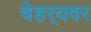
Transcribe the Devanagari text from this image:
चेहर्‍यवर